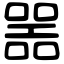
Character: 噐